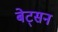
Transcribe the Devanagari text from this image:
बेट्सन